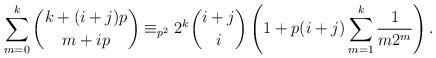
LaTeX: \begin{align*}\sum_{m=0}^k\binom{k+(i+j)p}{m+ip}\equiv_{p^2}2^k\binom{i+j}{i}\left(1+p(i+j)\sum_{m=1}^{k}\frac{1}{m2^m}\right).\end{align*}